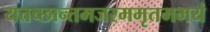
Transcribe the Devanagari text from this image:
यत्तच्छान्तमजरममृतमभयं